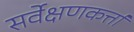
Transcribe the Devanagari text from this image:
सर्वेक्षणकर्त्ता